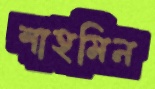
শাহমিন